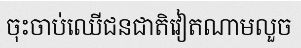
ចុះចាប់ឈើជនជាតិវៀតណាមលួច